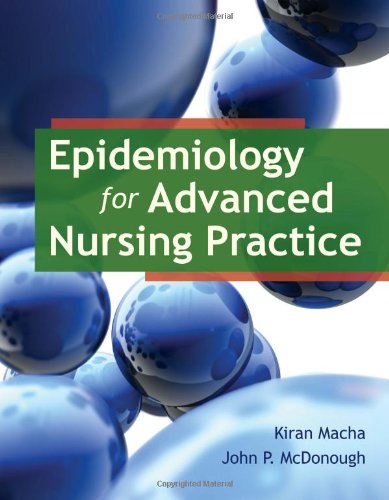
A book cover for Epidemiology For Advanced Nursing Practice; Dr. Kiran Macha; Medical Books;